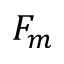
F _ { m }